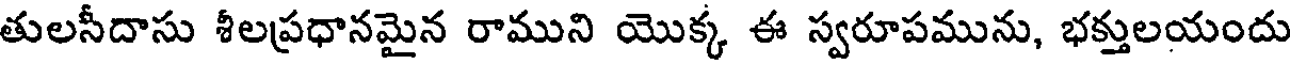
తులసీదాసు శీలప్రధానమైన రాముని యొక్క ఈ స్వరూపమును, భక్తులయందు